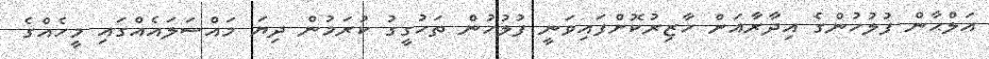
އަލްޙާން ފުލުހުންގެ އިދާރާއަށް ހާޒިރުކޮށްފައިވަނީ ފުލުހުން ތަހުގީގު ކުރަމުން ދިޔަ މައްސަލައެއްގައި މީހެއްގެ